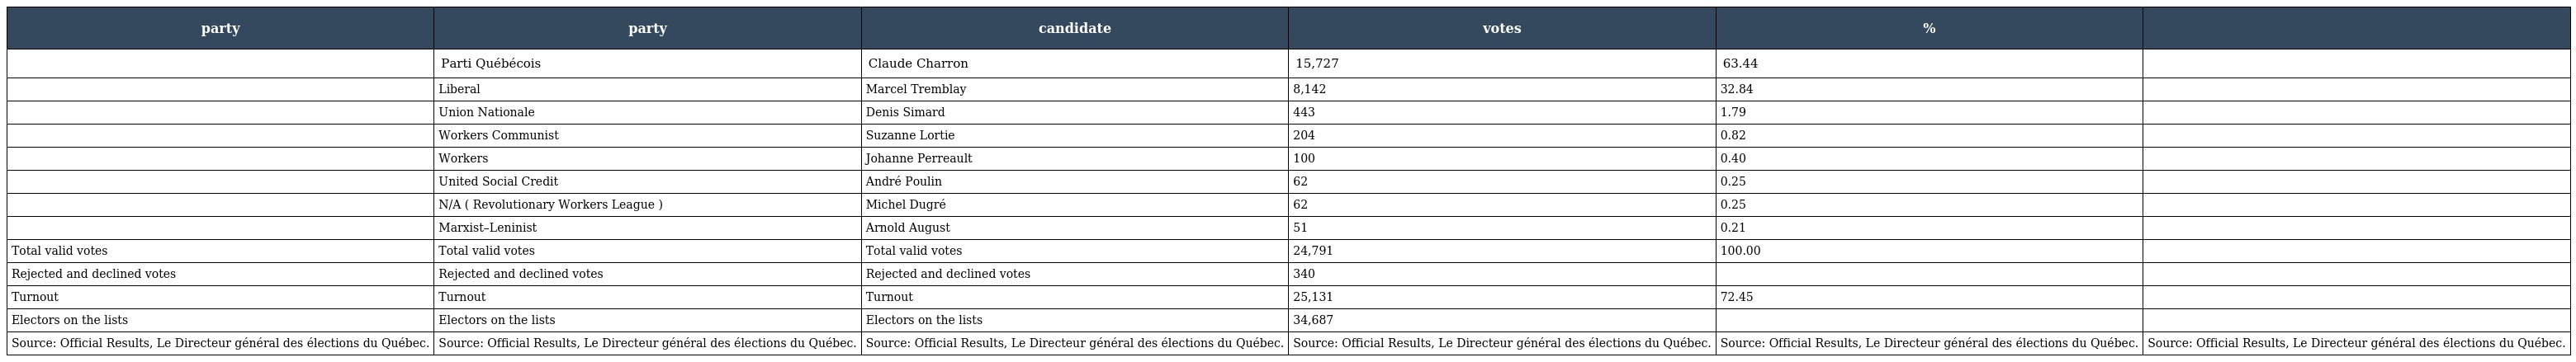
| party | party | candidate | votes | % |  |
 | --- | --- | --- | --- | --- | --- |
 |  | Parti Québécois | Claude Charron | 15,727 | 63.44 |  |
 |  | Liberal | Marcel Tremblay | 8,142 | 32.84 |  |
 |  | Union Nationale | Denis Simard | 443 | 1.79 |  |
 |  | Workers Communist | Suzanne Lortie | 204 | 0.82 |  |
 |  | Workers | Johanne Perreault | 100 | 0.40 |  |
 |  | United Social Credit | André Poulin | 62 | 0.25 |  |
 |  | N/A ( Revolutionary Workers League ) | Michel Dugré | 62 | 0.25 |  |
 |  | Marxist–Leninist | Arnold August | 51 | 0.21 |  |
 | Total valid votes | Total valid votes | Total valid votes | 24,791 | 100.00 |  |
 | Rejected and declined votes | Rejected and declined votes | Rejected and declined votes | 340 |  |  |
 | Turnout | Turnout | Turnout | 25,131 | 72.45 |  |
 | Electors on the lists | Electors on the lists | Electors on the lists | 34,687 |  |  |
 | Source: Official Results, Le Directeur général des élections du Québec. | Source: Official Results, Le Directeur général des élections du Québec. | Source: Official Results, Le Directeur général des élections du Québec. | Source: Official Results, Le Directeur général des élections du Québec. | Source: Official Results, Le Directeur général des élections du Québec. | Source: Official Results, Le Directeur général des élections du Québec. |